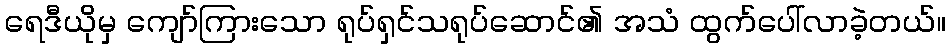
ရေဒီယိုမှ ကျော်ကြားသော ရုပ်ရှင်သရုပ်ဆောင်၏ အသံ ထွက်ပေါ်လာခဲ့တယ်။